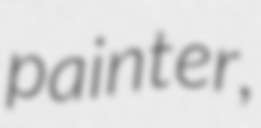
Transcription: painter,